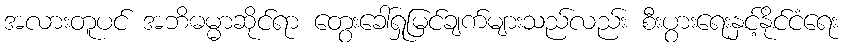
အလားတူပင် အဘိဓမ္မာဆိုင်ရာ တွေးခေါ်ရှုမြင်ချက်များသည်လည်း စီးပွားရေးနှင့်နိုင်ငံရေး